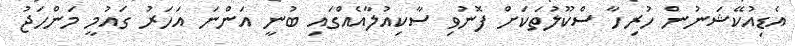
އެޑިއުކޭޝަނުން ހުރިހާ ސްކޫލުތަކަށް ފޮނުވި ސާކިއުލާއެއްގައި ބުނީ އަންނަ އަހަރު ގައުމީ މަންހަޖު